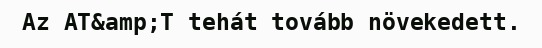
Az AT&amp;T tehát tovább növekedett.